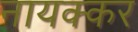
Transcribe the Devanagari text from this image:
नायक्कर